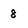
Character: 8